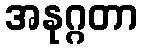
အနုဂ္ဂတာ